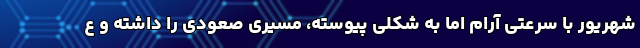
شهریور با سرعتی آرام اما به شکلی پیوسته، مسیری صعودی را داشته و ع